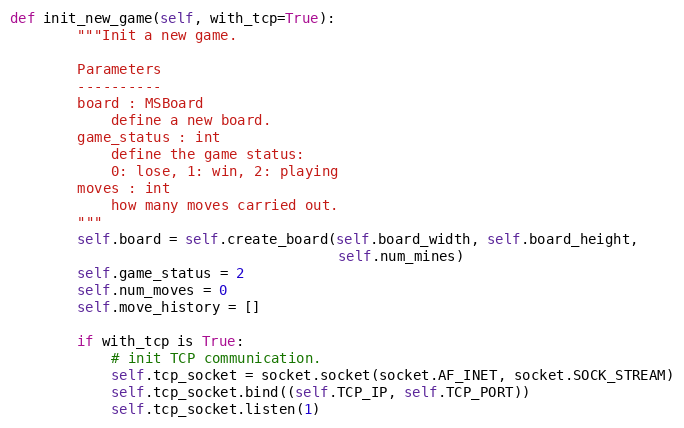
Language: Python
def init_new_game(self, with_tcp=True):
        """Init a new game.

        Parameters
        ----------
        board : MSBoard
            define a new board.
        game_status : int
            define the game status:
            0: lose, 1: win, 2: playing
        moves : int
            how many moves carried out.
        """
        self.board = self.create_board(self.board_width, self.board_height,
                                       self.num_mines)
        self.game_status = 2
        self.num_moves = 0
        self.move_history = []

        if with_tcp is True:
            # init TCP communication.
            self.tcp_socket = socket.socket(socket.AF_INET, socket.SOCK_STREAM)
            self.tcp_socket.bind((self.TCP_IP, self.TCP_PORT))
            self.tcp_socket.listen(1)